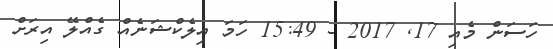
ހަސަަން މެއި 17